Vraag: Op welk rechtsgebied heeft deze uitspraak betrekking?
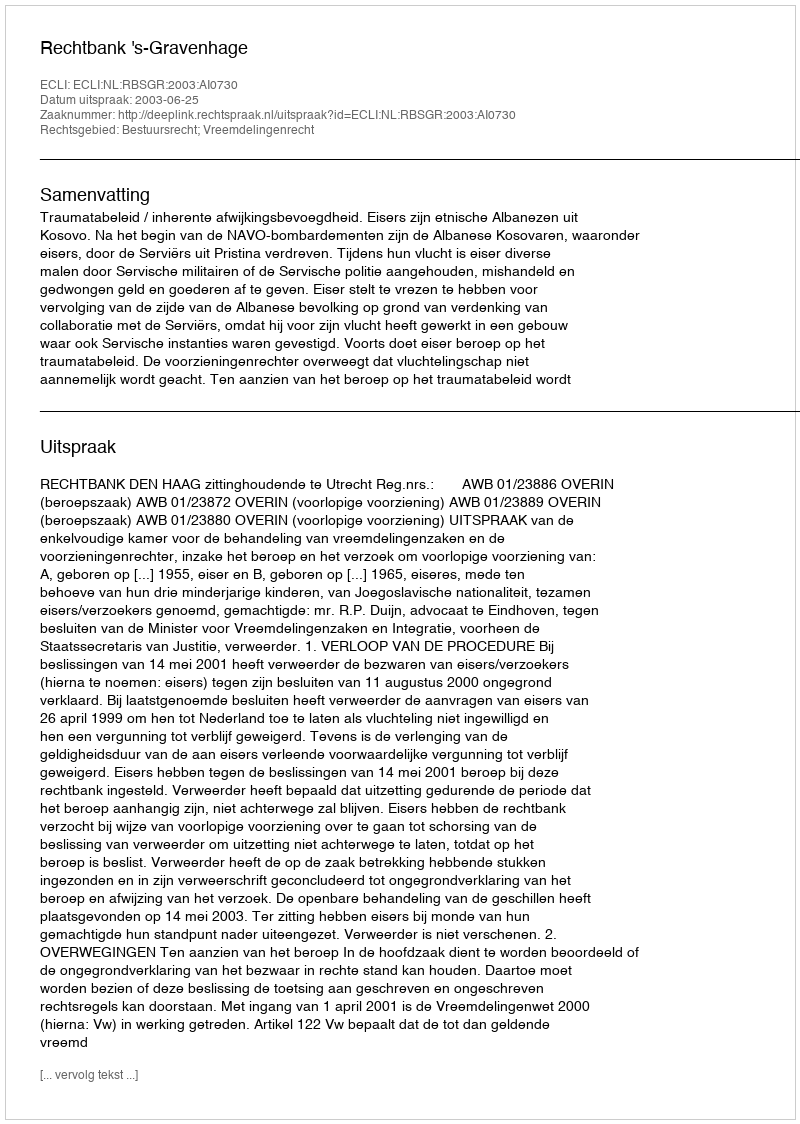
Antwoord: Bestuursrecht; Vreemdelingenrecht